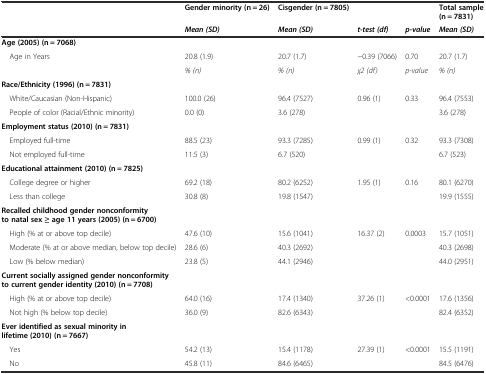
<table><thead><tr><td></td><td><b>Gender minority (n = 26)</b></td><td><b>Cisgender (n = 7805)</b></td><td></td><td></td><td><b>Total sample (n = 7831)</b></td></tr><tr><td></td><td><b><i>Mean (SD)</i></b></td><td><b><i>Mean (SD)</i></b></td><td><b><i>t-test (df)</i></b></td><td><b><i>p-value</i></b></td><td><b><i>Mean (SD)</i></b></td></tr></thead><tbody><tr><td><b>Age (2005) (n = 7068)</b></td><td></td><td></td><td></td><td></td><td></td></tr><tr><td> Age in Years</td><td>20.8 (1.9)</td><td>20.7 (1.7)</td><td>−0.39 (7066)</td><td>0.70</td><td>20.7 (1.7)</td></tr><tr><td></td><td><i>% (n)</i></td><td><i>% (n)</i></td><td><i>χ2 (df)</i></td><td><i>p-value</i></td><td><i>% (n)</i></td></tr><tr><td><b>Race/Ethnicity (1996) (n = 7831)</b></td><td></td><td></td><td></td><td></td><td></td></tr><tr><td> White/Caucasian (Non-Hispanic)</td><td>100.0 (26)</td><td>96.4 (7527)</td><td>0.96 (1)</td><td>0.33</td><td>96.4 (7553)</td></tr><tr><td> People of color (Racial/Ethnic minority)</td><td>0.0 (0)</td><td>3.6 (278)</td><td></td><td></td><td>3.6 (278)</td></tr><tr><td><b>Employment status (2010) (n = 7831)</b></td><td></td><td></td><td></td><td></td><td></td></tr><tr><td> Employed full-time</td><td>88.5 (23)</td><td>93.3 (7285)</td><td>0.99 (1)</td><td>0.32</td><td>93.3 (7308)</td></tr><tr><td> Not employed full-time</td><td>11.5 (3)</td><td>6.7 (520)</td><td></td><td></td><td>6.7 (523)</td></tr><tr><td><b>Educational attainment (2010) (n = 7825)</b></td><td></td><td></td><td></td><td></td><td></td></tr><tr><td> College degree or higher</td><td>69.2 (18)</td><td>80.2 (6252)</td><td>1.95 (1)</td><td>0.16</td><td>80.1 (6270)</td></tr><tr><td> Less than college</td><td>30.8 (8)</td><td>19.8 (1547)</td><td></td><td></td><td>19.9 (1555)</td></tr><tr><td><b>Recalled childhood gender nonconformity to natal sex ≥ age 11 years (2005) (n = 6700)</b></td><td></td><td></td><td></td><td></td><td></td></tr><tr><td> High (% at or above top decile)</td><td>47.6 (10)</td><td>15.6 (1041)</td><td>16.37 (2)</td><td>0.0003</td><td>15.7 (1051)</td></tr><tr><td> Moderate (% at or above median, below top decile)</td><td>28.6 (6)</td><td>40.3 (2692)</td><td></td><td></td><td>40.3 (2698)</td></tr><tr><td> Low (% below median)</td><td>23.8 (5)</td><td>44.1 (2946)</td><td></td><td></td><td>44.0 (2951)</td></tr><tr><td><b>Current socially assigned gender nonconformity to current gender identity (2010) (n = 7708)</b></td><td></td><td></td><td></td><td></td><td></td></tr><tr><td> High (% at or above top decile)</td><td>64.0 (16)</td><td>17.4 (1340)</td><td>37.26 (1)</td><td>&lt;0.0001</td><td>17.6 (1356)</td></tr><tr><td> Not high (% below top decile)</td><td>36.0 (9)</td><td>82.6 (6343)</td><td></td><td></td><td>82.4 (6352)</td></tr><tr><td><b>Ever identified as sexual minority in lifetime (2010) (n = 7667)</b></td><td></td><td></td><td></td><td></td><td></td></tr><tr><td> Yes</td><td>54.2 (13)</td><td>15.4 (1178)</td><td>27.39 (1)</td><td>&lt;0.0001</td><td>15.5 (1191)</td></tr><tr><td> No</td><td>45.8 (11)</td><td>84.6 (6465)</td><td></td><td></td><td>84.5 (6476)</td></tr></tbody></table>